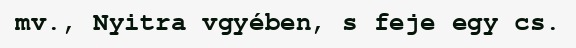
mv., Nyitra vgyében, s feje egy cs.